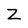
Character: Z